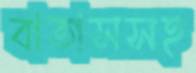
বাতাসসহ